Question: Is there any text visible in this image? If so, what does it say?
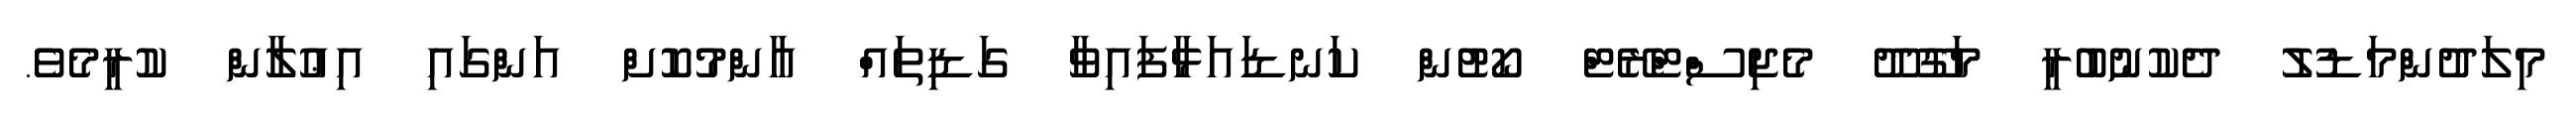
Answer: މިލަދުންމަޑުލު ދެކުނުބުރީ މަގޫދޫ މެޖިސްޓްރޭޓް ކޯޓުން ކަނޑައަޅާފައިވާ ގަޑިތައް އާންމުކޮށް އަންގައި އިޢުލާން ކުރީމެވެ.